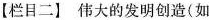
【栏目二】伟大的发明创造(如